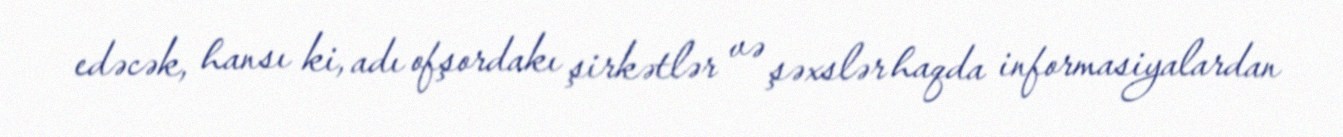
edəcək, hansı ki, adı ofşordakı şirkətlər və şəxslər haqda informasiyalardan